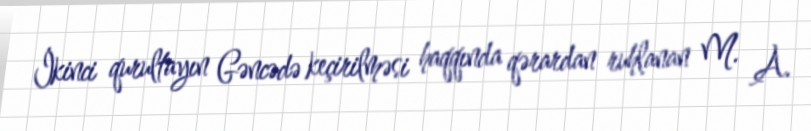
İkinci qurultayın Gəncədə keçirilməsi haqqında qərardan ruhlanan M. A.